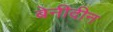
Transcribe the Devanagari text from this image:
बेनीदीन